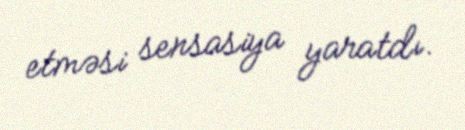
etməsi sensasiya yaratdı.